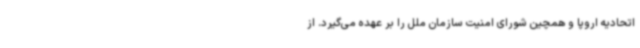
اتحادیه اروپا و همچین شورای امنیت سازمان ملل را بر عهده می‌گیرد. از